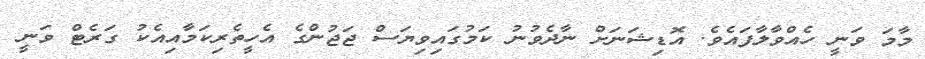
މާމަ ވަނީ ހެއްވާލާފައެވެ. އޮޑިޝަނަށް ނާދެވުނު ކަމުގައިވިޔަސް ޖަޖުންގެ އެހީތެރިކަމާއިއެކު ގަރެޓް ވަނީ